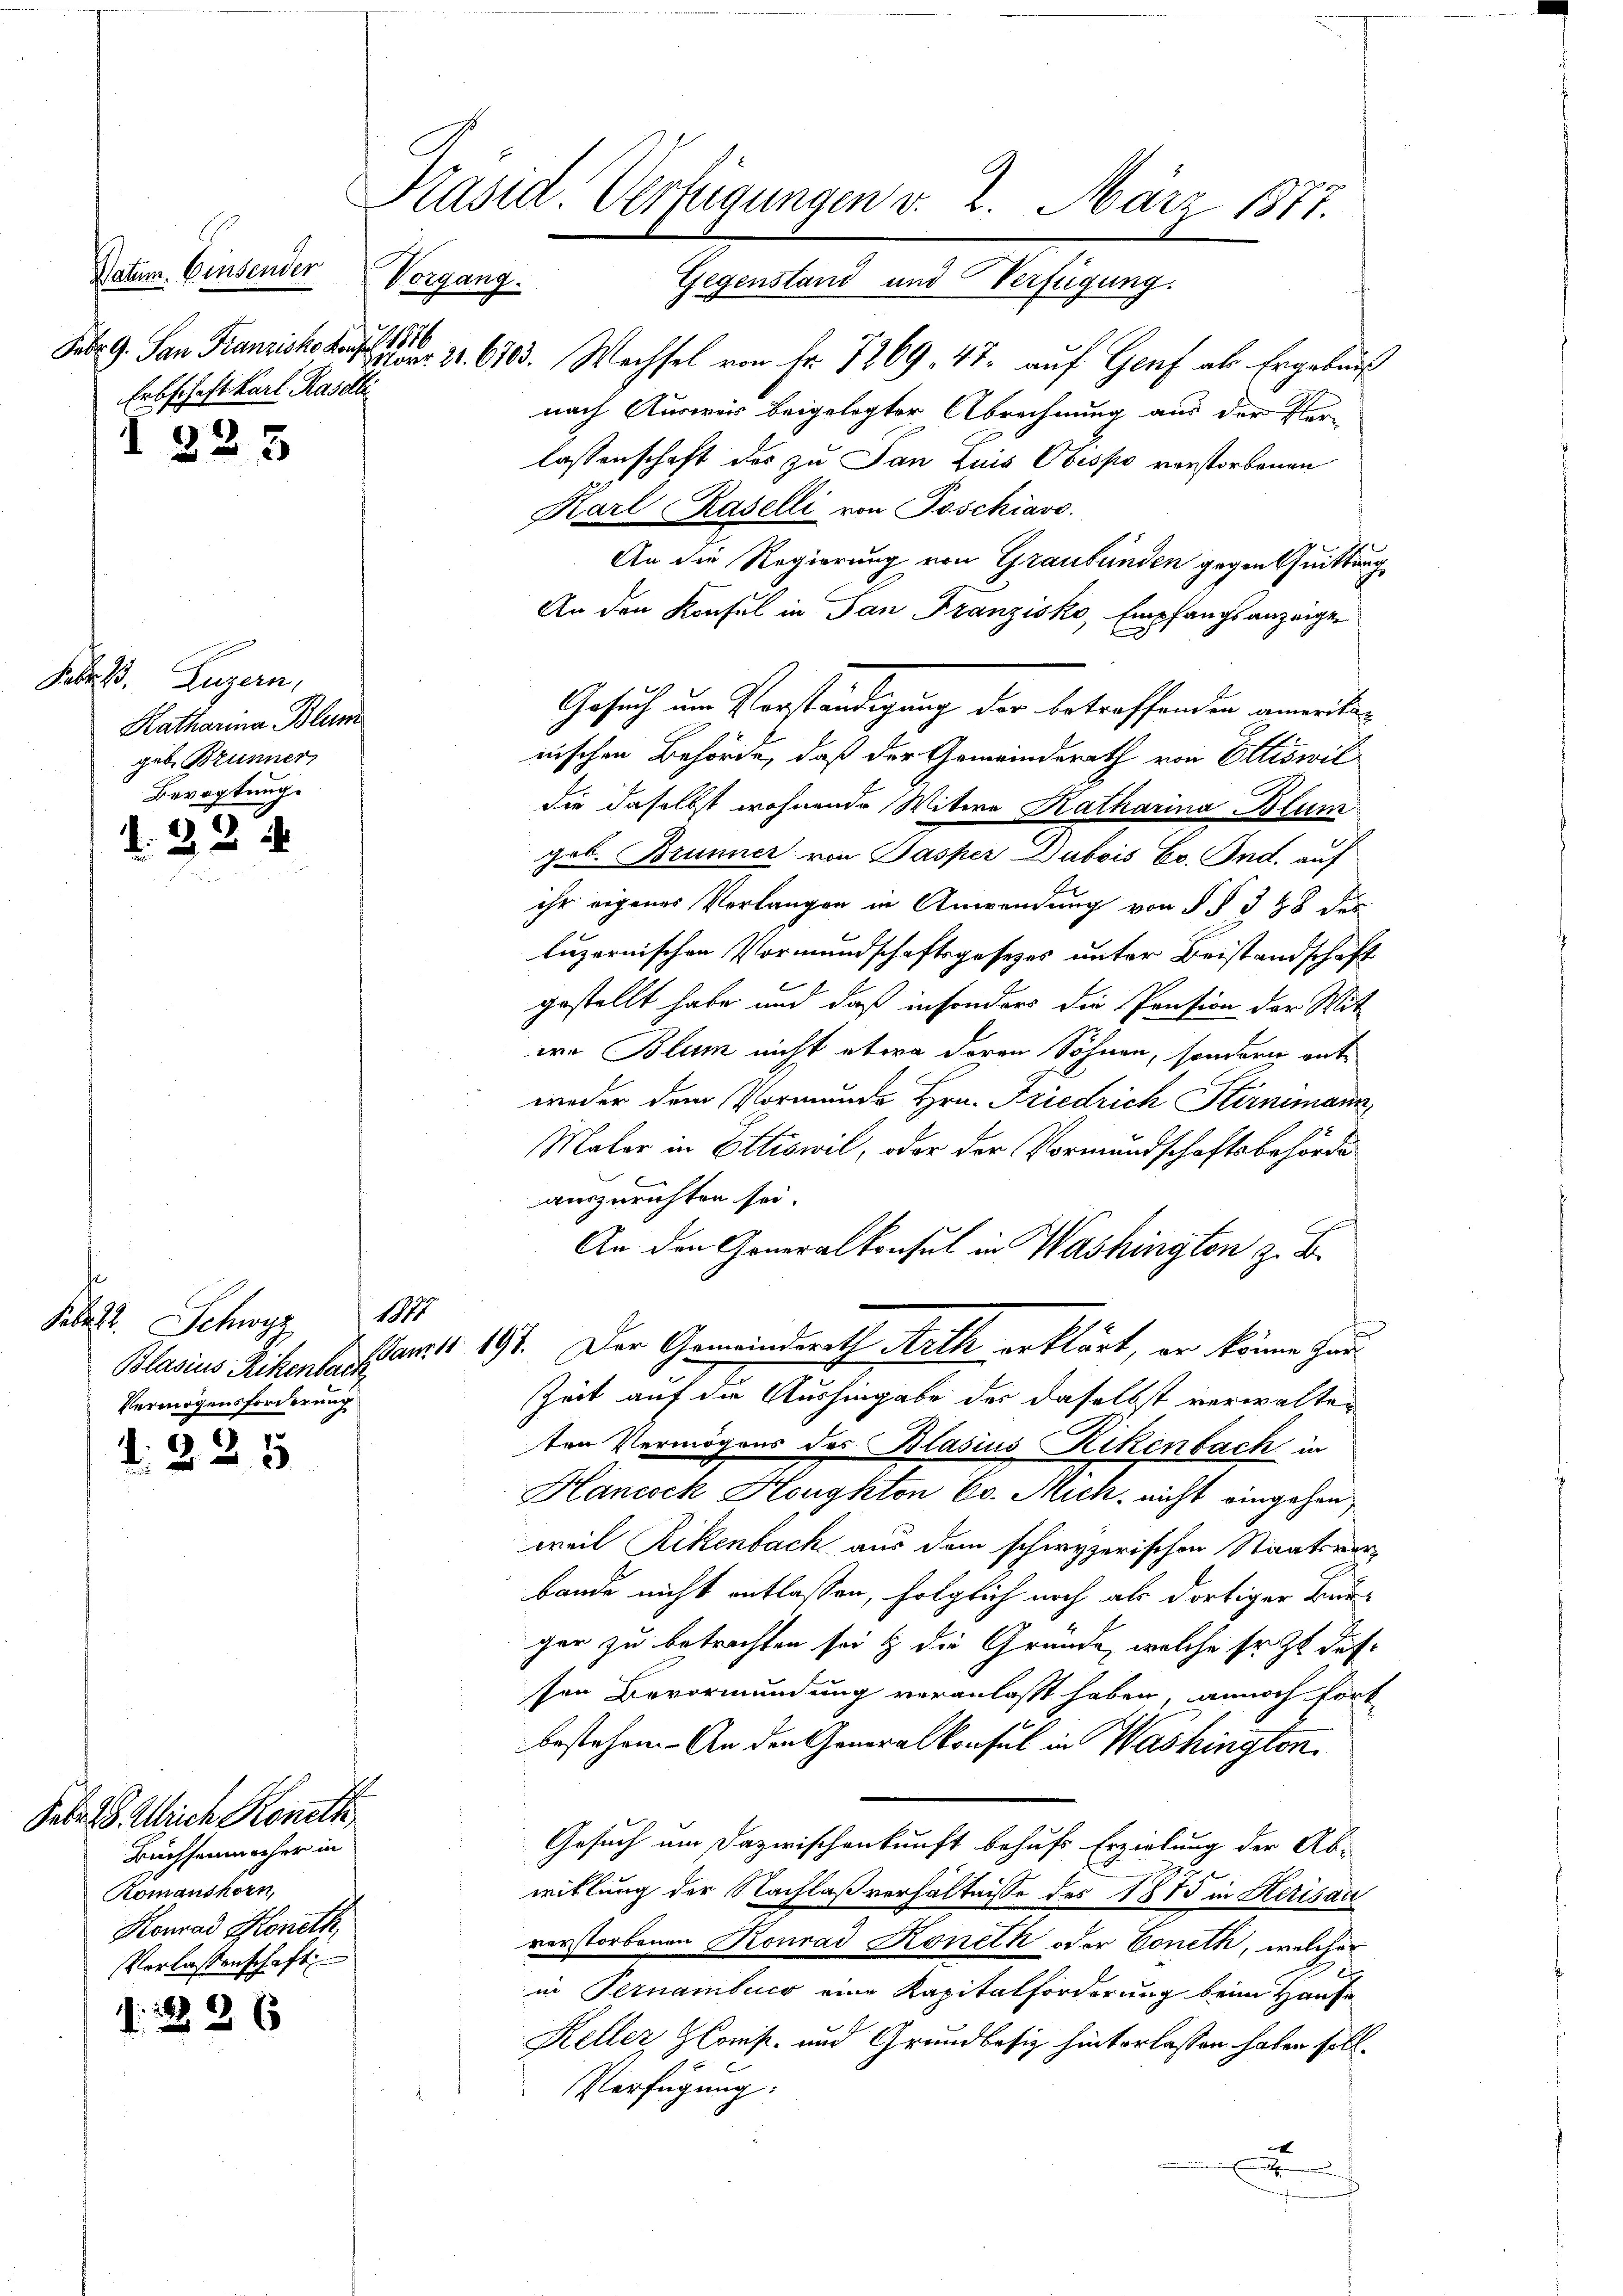
Febr. G. San Franzisko Laufer 1816
Erbschaft Karl. Rastli

223

Febr. B. Luzern,
Katharina Blum
geb. Brunner,
Bevogtung.

22 x

S. Schwyz 184
Vermögensforderung

:225

Seb. 18. Ulrich Koneth
Büchsenmacher in
Romanshorn,
Konrad Moneth,
Verlassenschaft

12 x

Präsid. Verfügungen v. 2. März 1877.

Datum. Einsender Vorgang. Gegenstand und Verfügung.
or: 20. 6703. Wachsel von Fr. 7269, 47. auf Genf als Ergebnis
nach Auswar beigelegter Abrechnung aus der Ver-
lassenschaft des zu San Luis Obespro verstorbenen
Karl Raselli von Poschiavo
An die Regierung von Graubünden gegentuittung
An den Konsul in San Franzisko, Empfangsanzeige
Gesuch um Verständigung der betreffenden ameriken
nischen Behörde, daß der Gemeinderath von Ettiswil
die daselbst wohnende Witwe Katharina Blum
pol. Brunner von Pasper Dubois Ev. Ind. auf
ihr eigenes Verlangen in Anwendung von § § 328 de
luzernischen Vormundschaftsgesezes unter Beistandschaft
gestellt habe und daß in sonders die Pension der Mit-
ie Blum nicht etwa deren Söhnen, sondern entweder dem Vormunde Hrn. Friedrich Stirnimann,
Maler in Ettiswil, oder der Vormundschaftsbehörde
auszurichten sei.
An den Generalkonsul in Washingten z. B.
Blasius Rikenbar far 191. Der Gemeindsrath Arth erklärt, er könne Han¬
Zeit auf die Aushingabe der daselbst verwalten
ten Vermögens des Blasius Rikenbach in
Hancock Honghton E. Mich nicht eingehen,
weil Rikenbach aus dem schwyzerischen Staatsverz
bande nicht entlassen, folglich noch als dortiger Bur-
ger zu betrachten sei & die Gründe, welche Er zu dassen Bevormundung veranlaßt haben, annoch fort
bestehen. - An den Generalkonsul in Washington
Gesuch um Dazwischenkunft behufs Erzielung der Ab-
witlung der Nachlaßverhältnisse des 1875 in Kerisaa
verstorbenen Konrad Koneth oder Boneth, welcher
in Pernamtuer eine Kapitalforderung beim Hause
Keller, Cons- und Grundbesiz hinterlassen haben soll.
Verfügung:
.
u